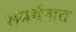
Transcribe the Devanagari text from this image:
समर्थनात